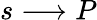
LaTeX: s\longrightarrow P